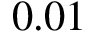
0 . 0 1